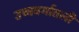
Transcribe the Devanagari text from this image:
उच्चवर्गातली